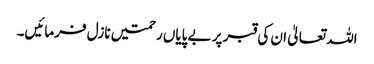
اللہ تعالیٰ ان کی قبر پر بے پایاں رحمتیں نازل فرمائیں۔